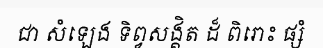
ជា សំឡេង ទិព្វសង្គិត ដ៏ ពិរោះ ផ្សំ